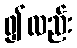
၍လည်း